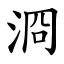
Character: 浻